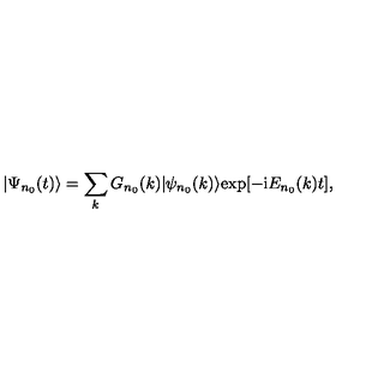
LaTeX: | \Psi _ { n _ { 0 } } ( t ) \rangle = \sum _ { k } G _ { n _ { 0 } } ( k ) | \psi _ { n _ { 0 } } ( k ) \rangle \mathrm { e x p } [ - \mathrm { i } E _ { n _ { 0 } } ( k ) t ] ,